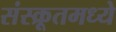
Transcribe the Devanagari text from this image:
संस्क्रूतमध्ये